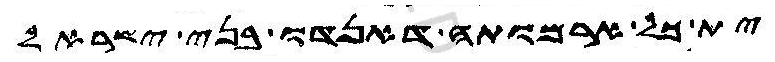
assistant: ית כל ארמותה דאנדו בני ישראל